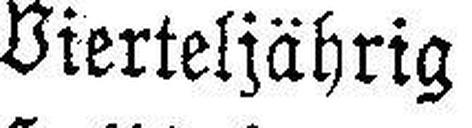
Vierteljährig